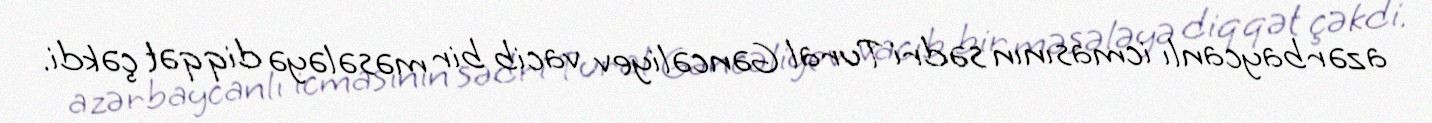
azərbaycanlı icmasının sədri Tural Gəncəliyev vacib bir məsələyə diqqət çəkdi.